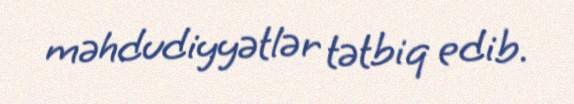
məhdudiyyətlər tətbiq edib.